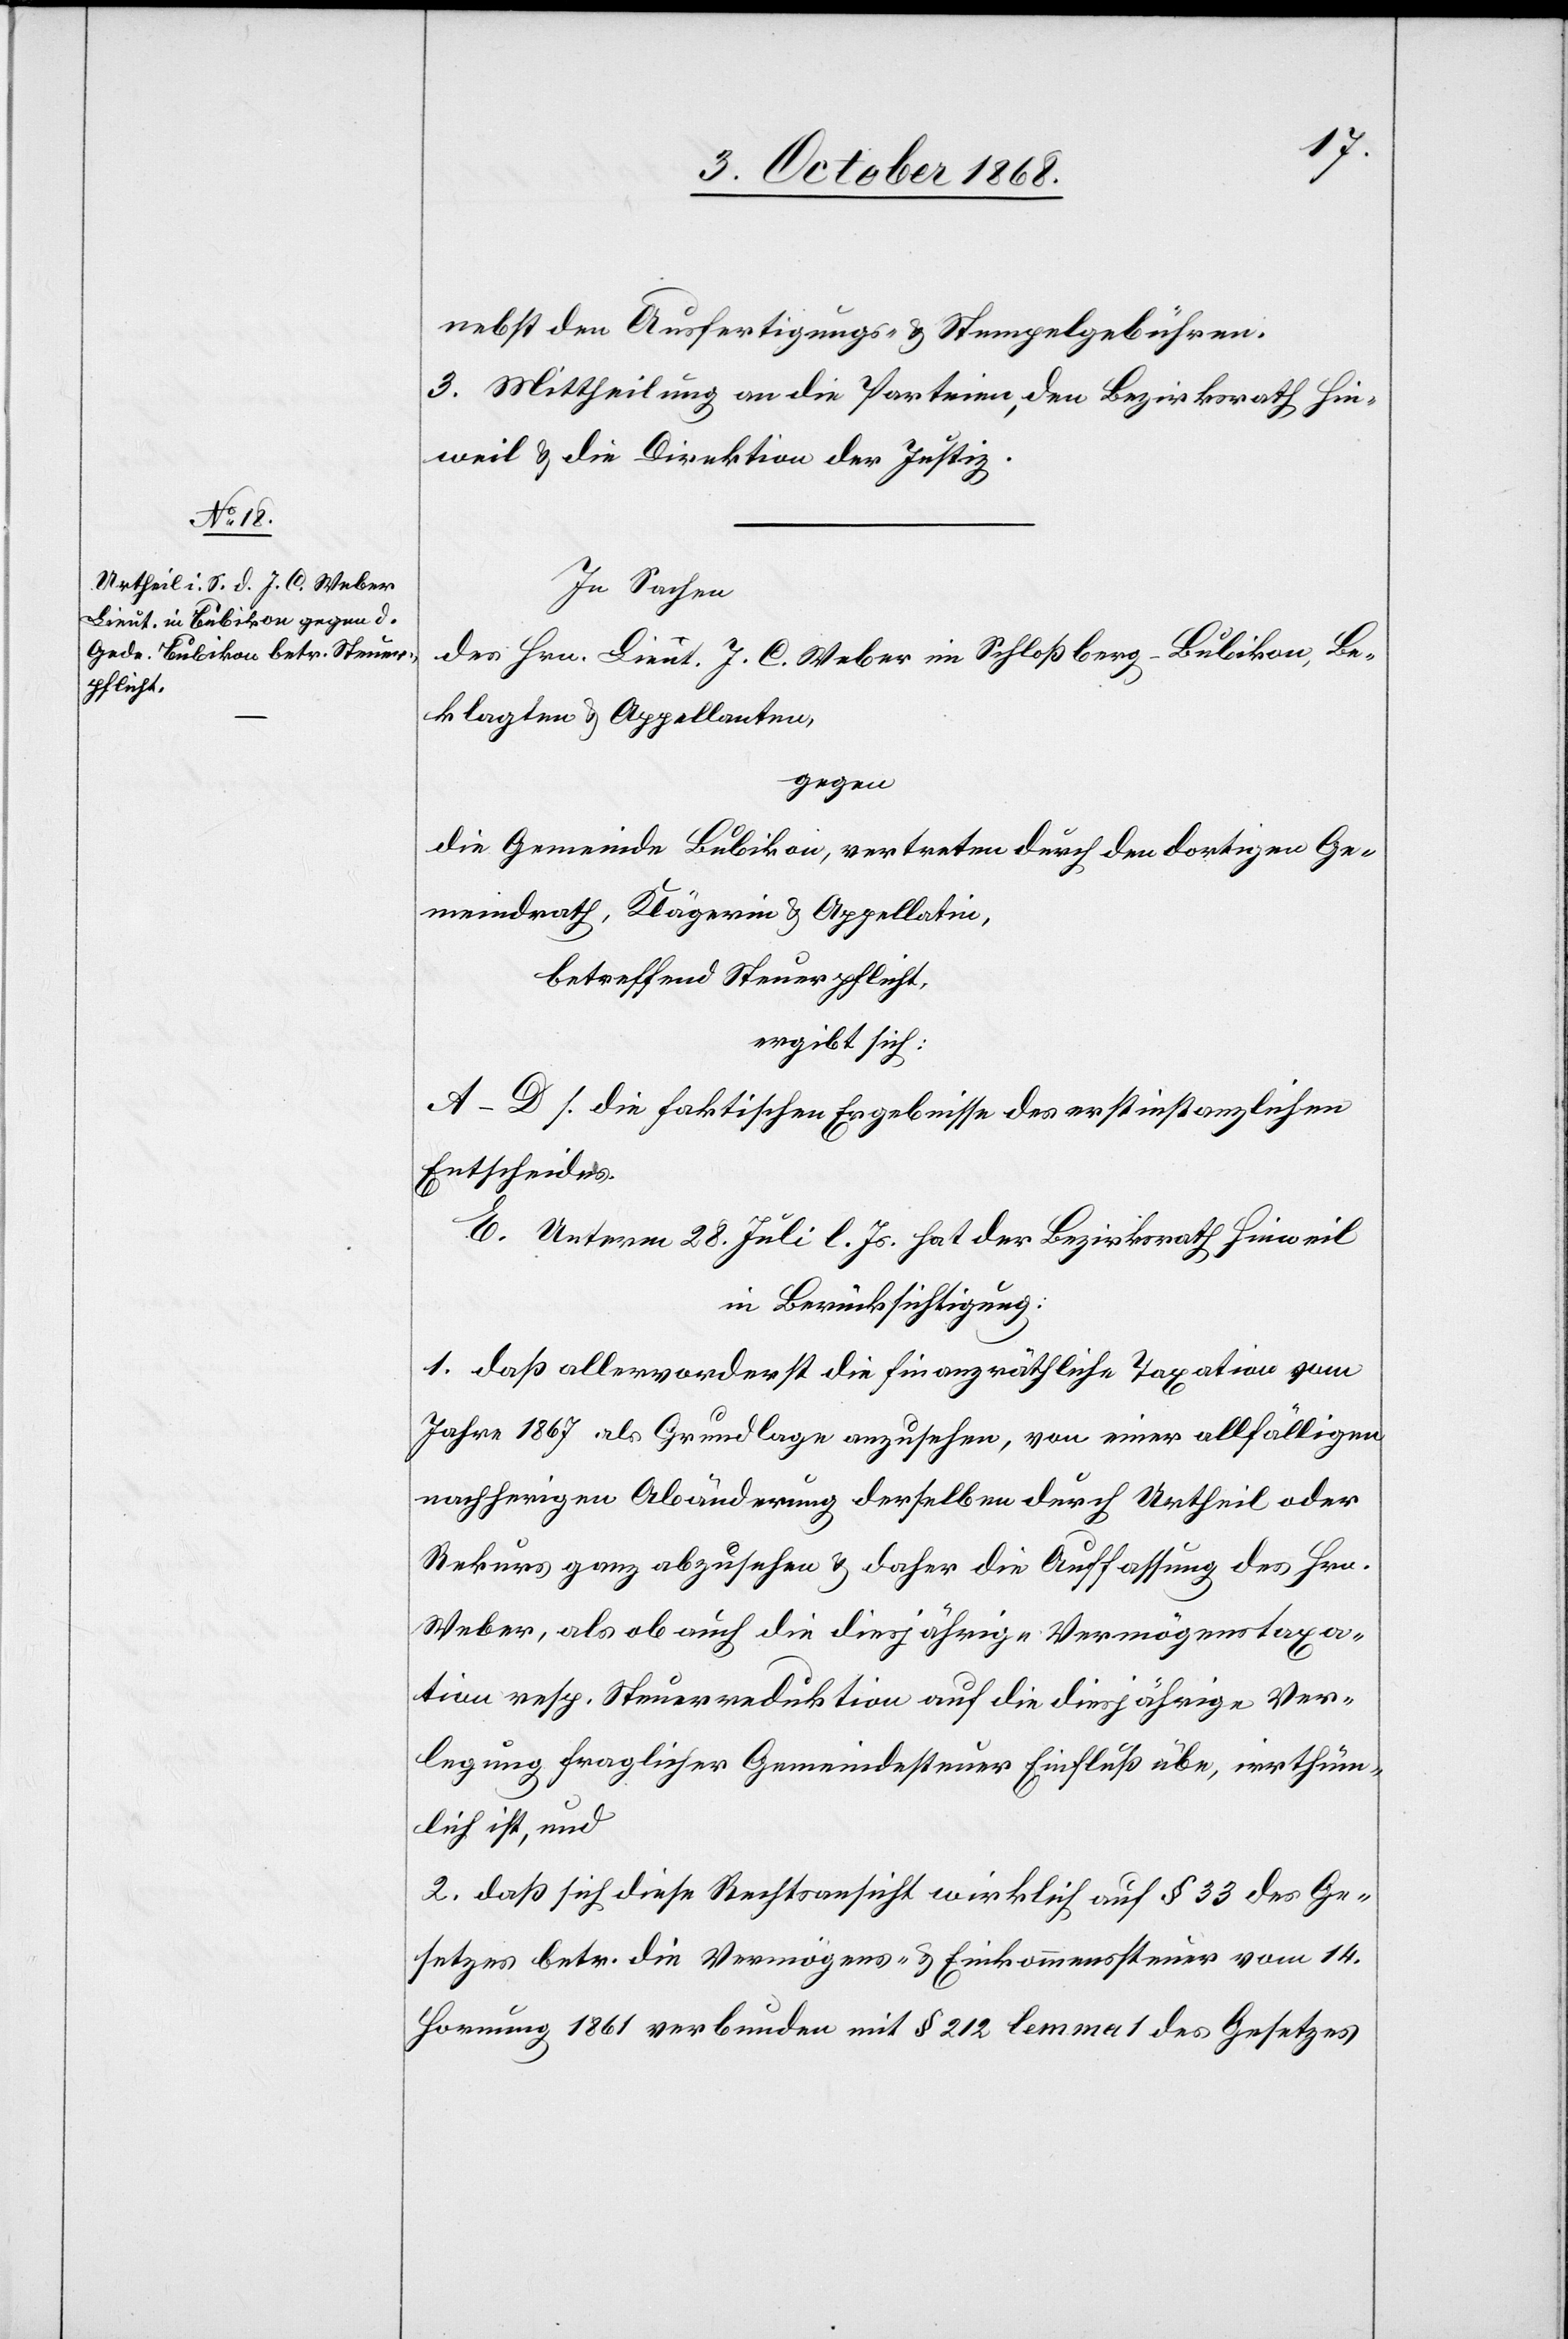
nebst den Ausfertigungs- & Stempelgebühren.
3. Mittheilung an die Parteien, den Bezirksrath Hin¬
weil & die Direktion der Justiz.
In Sachen
des Hrn. Lieut. J. C. Weber im Schloßberg – Bubikon, Be¬
klagten & Appellanten,
gegen
die Gemeinde Bubikon, vertreten durch den dortigen Ge¬
meindrath, Klägerin & Appellatin,
betreffend Steuerpflicht,
ergibt sich:
A–D s. die faktischen Ergebnisse des erstinstanzlichen
Entscheides.
E. Unterm 28. Juli l. Js. hat der Bezirksrath Hinweil
in Berücksichtigung:
1. daß allervorderst die finanzräthliche Taxation vom
Jahre 1867 als Grundlage anzusehen, von einer allfälligen
nachherigen Abänderung derselben durch Urtheil oder
Rekurs ganz abzusehen & daher die Auffassung des Hrn.
Weber, als ob auch die diesjährige Vermögenstaxa¬
tion resp. Steuerreduktion auf die diesjährige Ver¬
legung fraglicher Gemeindesteuer Einfluß übe, irrthüm¬
lich ist, und
2. daß sich diese Rechtsansicht wirklich auf § 33 des Ge¬
setzes betr. die Vermögens- & Einkommenssteuer vom 14.
Hornung 1861 verbunden mit § 212 lemma 1 des Gesetzes